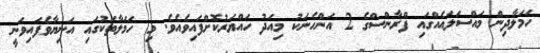
ހަމަލާދިން މައްސަލައެއްގައި ފްރާންސްގެ 2 އަންހެނަކު މިއަދު ހައްޔަރުކޮށްފައިވެއެވެ. މި ހަމަލާތަކުގައި އަނިޔާވެފައިވަނީ